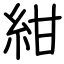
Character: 紺